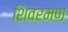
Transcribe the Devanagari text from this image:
शिवरमण